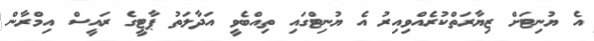
އެ ޔުނިޓަށް ޒިޔާރަތްކުރެއްވިއިރު އެ ޔުނިޓްގައި ތިއްބެވީ އަދާލަތު ޕާޓީގެ ރައީސް އިމްރާން